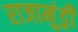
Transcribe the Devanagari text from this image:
राजामुंड्री